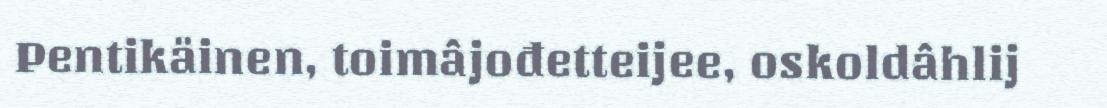
Pentikäinen, toimâjođetteijee, oskoldâhlij